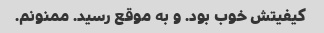
کیفیتش خوب بود. و به موقع رسید. ممنونم.